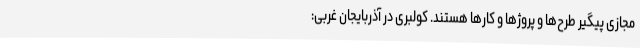
مجازی پیگیر طرح‌ها و پروژها و کارها هستند. کولبری در آذربایجان غربی: